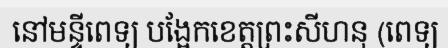
នៅមន្ទីពេទ្យ បង្អែកខេត្តព្រះសីហនុ (ពេទ្យ